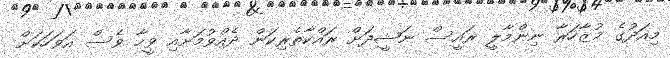
މިއަދުގެ މުޒާހަރާ ނިންމާލީ ރައީސް ނަޝީދަށް ރައްކާތެރިކަން ދެއްވުމަށާއި ވީހާ ވެސް އަވަހަކަށް